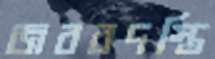
জবরদস্তি